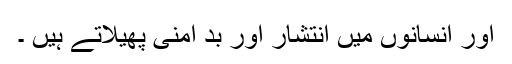
اور انسانوں میں انتشار اور بد امنی پھیلاتے ہیں ۔